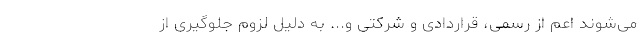
می‌شوند اعم از رسمی، قراردادی و شرکتی و... به دلیل لزوم جلوگیری از